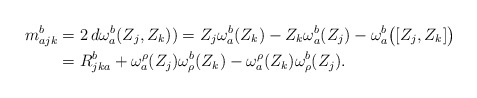
\begin{align*}m_{ajk}^{b}&=2\,d \omega_{a}^{b}(Z_j,Z_k))= Z_j \omega_{a}^{b}(Z_k)- Z_k\omega_{a}^{b}(Z_j)- \omega_{a}^{b} \big{(}[Z_j,Z_k] \big{)} \\&=R_{jka}^b+\omega_{a}^{\rho}(Z_j) \omega^{b}_{\rho}(Z_k)-\omega_{a}^{\rho}(Z_k) \omega^{b}_{\rho}(Z_j). \end{align*}